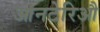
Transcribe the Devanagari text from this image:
आनटेरिऔ